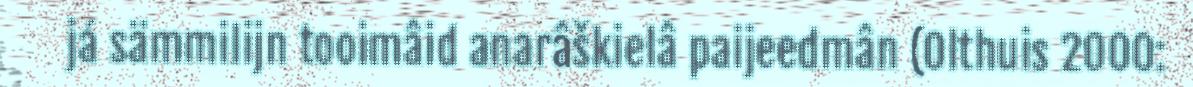
já sämmilijn tooimâid anarâškielâ paijeedmân (Olthuis 2000: